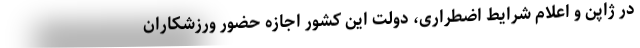
در ژاپن و اعلام شرایط اضطراری، دولت این کشور اجازه حضور ورزشکاران